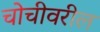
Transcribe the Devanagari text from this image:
चोचीवरील